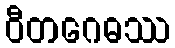
ဝီတဂေဓဿ